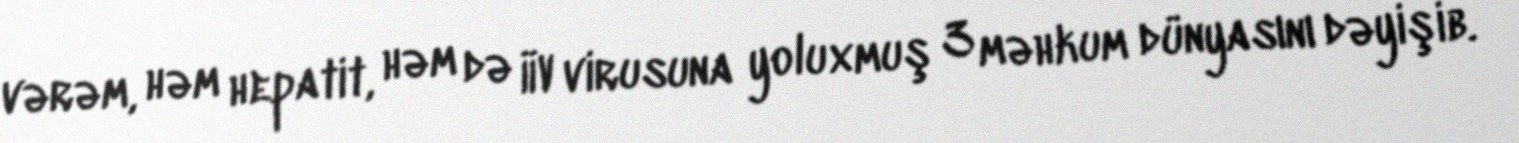
vərəm, həm hepatit, həm də İİV virusuna yoluxmuş 3 məhkum dünyasını dəyişib.